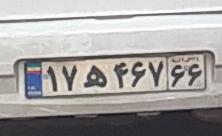
۱۷ه۴۶۷۶۶